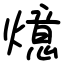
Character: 燱